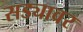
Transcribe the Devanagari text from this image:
सड्यावर